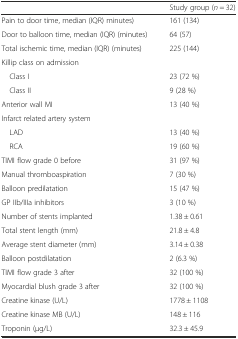
|  | Study group (n = 32) |
 | --- | --- |
 | Pain to door time, median (IQR) minutes) | 161 (134) |
 | Door to balloon time, median (IQR) (minutes) | 64 (57) |
 | Total ischemic time, median (IQR) (minutes) | 225 (144) |
 | Killip class on admission |  |
 | Class I | 23 (72 %) |
 | Class II | 9 (28 %) |
 | Anterior wall MI | 13 (40 %) |
 | Infarct related artery system |  |
 | LAD | 13 (40 %) |
 | RCA | 19 (60 %) |
 | TIMI flow grade 0 before | 31 (97 %) |
 | Manual thromboaspiration | 7 (30 %) |
 | Balloon predilatation | 15 (47 %) |
 | GP IIb/IIIa inhibitors | 3 (10 %) |
 | Number of stents implanted | 1.38 ± 0.61 |
 | Total stent length (mm) | 21.8 ± 4.8 |
 | Average stent diameter (mm) | 3.14 ± 0.38 |
 | Balloon postdilatation | 2 (6.3 %) |
 | TIMI flow grade 3 after | 32 (100 %) |
 | Myocardial blush grade 3 after | 32 (100 %) |
 | Creatine kinase (U/L) | 1778 ± 1108 |
 | Creatine kinase MB (U/L) | 148 ± 116 |
 | Troponin (μg/L) | 32.3 ± 45.9 |